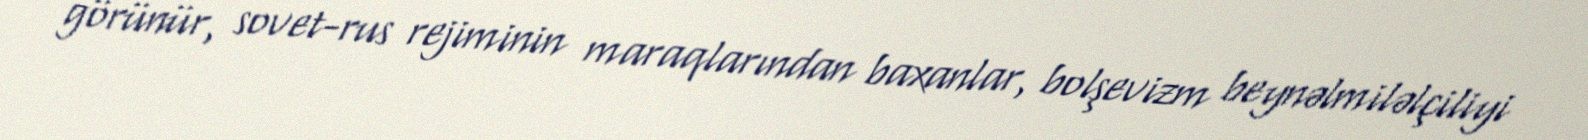
görünür, sovet-rus rejiminin maraqlarından baxanlar, bolşevizm beynəlmiləlçiliyi